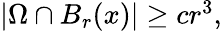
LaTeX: \begin{array}{r}{|\Omega\cap B_{r}(x)|\ge cr^{3},}\end{array}